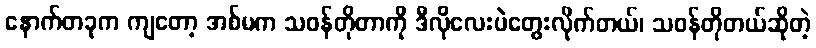
နောက်တခုက ကျတော့ အစ်မက သဝန်တိုတာကို ဒီလိုလေးပဲတွေးလိုက်တယ်၊ သဝန်တိုတယ်ဆိုတဲ့